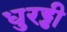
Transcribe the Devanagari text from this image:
धुरड्डी